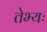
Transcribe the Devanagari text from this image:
तेभ्यः